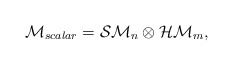
\begin{align*}{\cal M}_{scalar}={\cal SM}_n \otimes {\cal HM}_m,\end{align*}